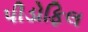
પીડોફિલ